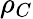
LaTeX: \rho_{C}